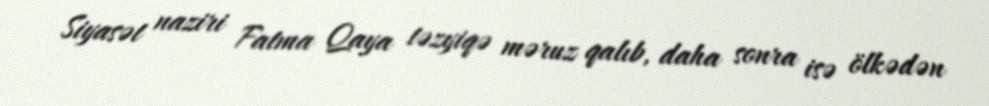
Siyasət naziri Fatma Qaya təzyiqə məruz qalıb, daha sonra isə ölkədən